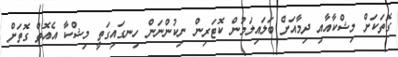
ގޮތަކަށް މިޝްކާއާއި ދިމާއަށް ބަލައިލަމުން ކޮޓަރިން ނިކުންނަން ހިނގައިގަތީ މިޝްކާ އެއޮތް ގޮތަށް